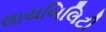
લાયબિલિટી